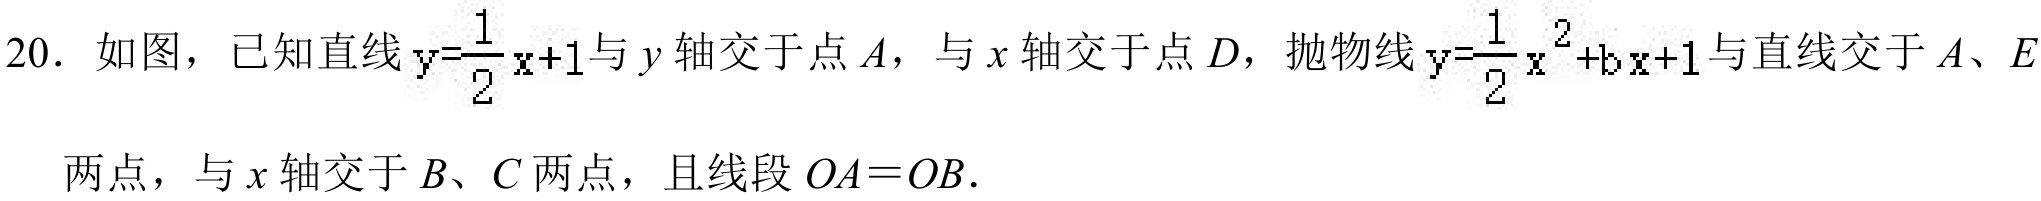
20. 如图，已知直线 \(y = \dfrac{1}{2}x + 1\)与 \(y\) 轴交于点 \(A\)，与 \(x\) 轴交于点 \(D\)，抛物线 \(y=\dfrac{1}{2}x^{2}+bx + 1\)与直线交于 \(A\)、\(E\) 两点，与 \(x\) 轴交于 \(B\)、\(C\) 两点，且线段 \(OA = OB\).